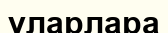
ұларлара